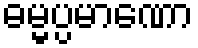
ဓမ္မပ္ပမာဏော